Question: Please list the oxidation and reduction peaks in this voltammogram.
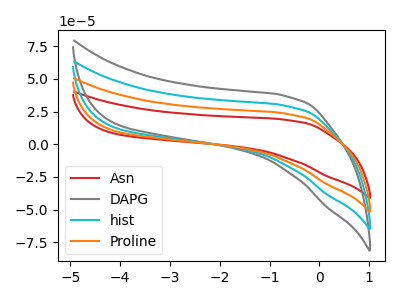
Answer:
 <answer>The red curve "Asn" has no peaks. The gray curve "DAPG" has no peaks. The cyan curve "hist" has no peaks. The orange curve "Proline" has no peaks.</answer>
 <eval></eval>